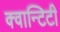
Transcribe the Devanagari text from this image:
क्वान्टिटी